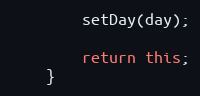
Language: Java
		setDay(day);

		return this;
	}